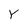
Character: Y